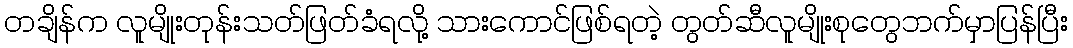
တချိန်က လူမျိုးတုန်းသတ်ဖြတ်ခံရလို့ သားကောင်ဖြစ်ရတဲ့ တွတ်ဆီလူမျိုးစုတွေဘက်မှာပြန်ပြီး